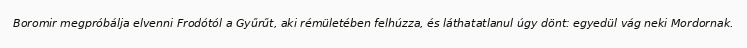
Boromir megpróbálja elvenni Frodótól a Gyűrűt, aki rémületében felhúzza, és láthatatlanul úgy dönt: egyedül vág neki Mordornak.